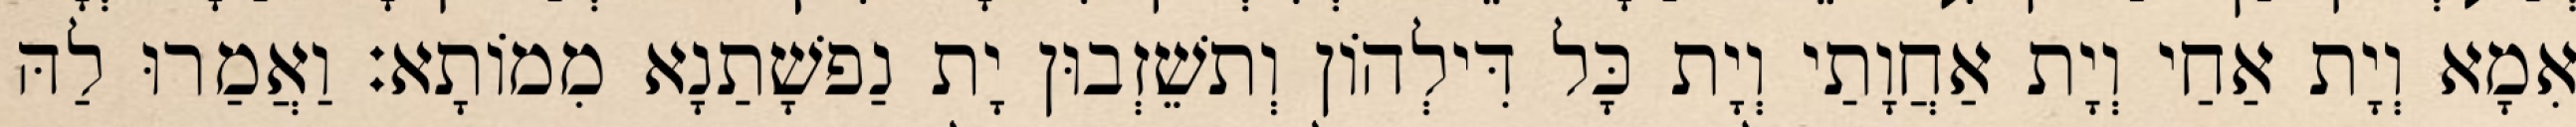
אִמָא וְיָת אַחַי וְיָת אַחֲוָתַי וְיָת כָּל דִּילְהוֹן וְתשֵׁזְבוּן יָת נַפשָׁתַנָא מִמוֹתָא׃ וַאֲמַרוּ לַהּ